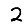
Digit: 2